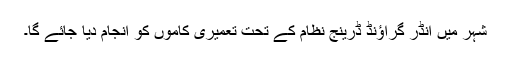
شہر میں انڈر گراؤنڈ ڈرینج نظام کے تحت تعمیری کاموں کو انجام دیا جائے گا۔